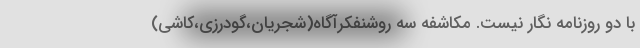
با دو روزنامه نگار نیست. مکاشفه سه روشنفکرآگاه(شجریان،گودرزی،کاشی)